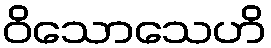
ဝိသောသေဟိ